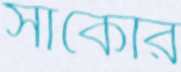
সাঁকোর